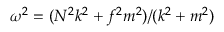
\omega ^ { 2 } = ( N ^ { 2 } k ^ { 2 } + f ^ { 2 } m ^ { 2 } ) / ( k ^ { 2 } + m ^ { 2 } )